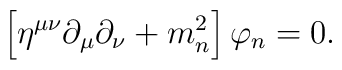
\left[\eta^{\mu\nu}\partial_{\mu}\partial_{\nu}+m^2_n\right]\varphi_n=0.